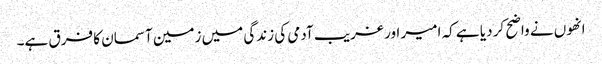
انھوں نے واضح کر دیا ہے کہ امیر اور غریب آدمی کی زندگی میں زمین آسمان کا فرق ہے۔